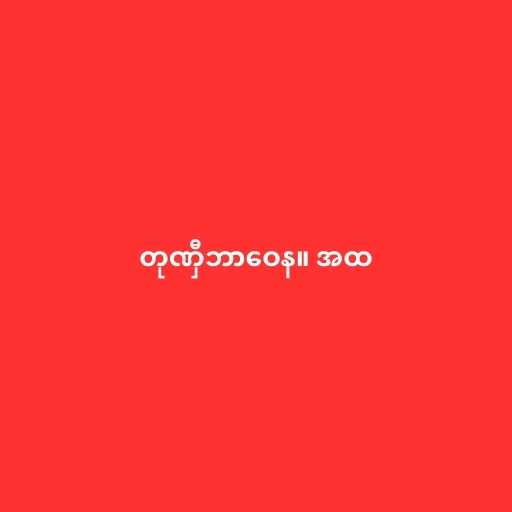
တုဏှီဘာဝေန။ အထ